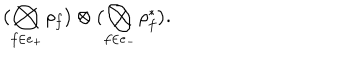
\bigl ( \bigotimes _ { f \in e _ { + } } \rho _ { f } \bigr ) \otimes \bigl ( \bigotimes _ { f \in e _ { - } } \rho _ { f } ^ { \ast } \bigr ) .